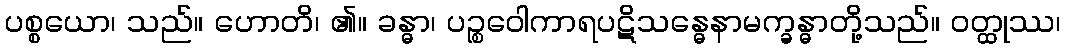
ပစ္စယော၊ သည်။ ဟောတိ၊ ၏။ ခန္ဓာ၊ ပဉ္စဝေါကာရပဋိသန္ဓေနာမက္ခန္ဓာတို့သည်။ ဝတ္ထုဿ၊